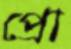
প্রো